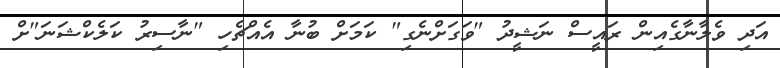
އަދި ވެލާނާގެއިން ރައީސް ނަޝީދު "ވަގަށްނެގި" ކަމަށް ބުނާ އެއްޗެހި "ނާސިރު ކަލެކްޝަނަ"ށް